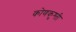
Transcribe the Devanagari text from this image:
कोणकुश्ती